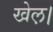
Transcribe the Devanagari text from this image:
खेल़।